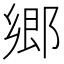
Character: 郷